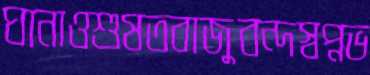
ঘানাওশুষতবাজুবন্দস্বপ্নভ